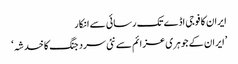
ایران کا فوجی اڈے تک رسائی سے انکار
’ایران کے جوہری عزائم سے نئی سرد جنگ کا خدشہ‘